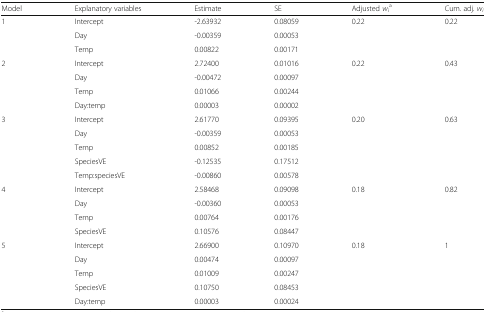
<table><thead><tr><td><b>Model</b></td><td><b>Explanatory variables</b></td><td><b>Estimate</b></td><td><b>SE</b></td><td><b>Adjusted <i>w</i><sub><i>i</i></sub><sup>a</sup></b></td><td><b>Cum. adj. <i>w</i><sub><i>i</i></sub></b></td></tr></thead><tbody><tr><td rowspan="3">1</td><td>Intercept</td><td>-2.63932</td><td>0.08059</td><td rowspan="3">0.22</td><td rowspan="3">0.22</td></tr><tr><td>Day</td><td>-0.00359</td><td>0.00053</td></tr><tr><td>Temp</td><td>0.00822</td><td>0.00171</td></tr><tr><td rowspan="4">2</td><td>Intercept</td><td>2.72400</td><td>0.01016</td><td rowspan="4">0.22</td><td rowspan="4">0.43</td></tr><tr><td>Day</td><td>-0.00472</td><td>0.00097</td></tr><tr><td>Temp</td><td>0.01066</td><td>0.00244</td></tr><tr><td>Day:temp</td><td>0.00003</td><td>0.00002</td></tr><tr><td rowspan="5">3</td><td>Intercept</td><td>2.61770</td><td>0.09395</td><td rowspan="5">0.20</td><td rowspan="5">0.63</td></tr><tr><td>Day</td><td>-0.00359</td><td>0.00053</td></tr><tr><td>Temp</td><td>0.00852</td><td>0.00185</td></tr><tr><td>SpeciesVE</td><td>-0.12535</td><td>0.17512</td></tr><tr><td>Temp:speciesVE</td><td>-0.00860</td><td>0.00578</td></tr><tr><td rowspan="4">4</td><td>Intercept</td><td>2.58468</td><td>0.09098</td><td rowspan="4">0.18</td><td rowspan="4">0.82</td></tr><tr><td>Day</td><td>-0.00360</td><td>0.00053</td></tr><tr><td>Temp</td><td>0.00764</td><td>0.00176</td></tr><tr><td>SpeciesVE</td><td>0.10576</td><td>0.08447</td></tr><tr><td rowspan="5">5</td><td>Intercept</td><td>2.66900</td><td>0.10970</td><td rowspan="5">0.18</td><td rowspan="5">1</td></tr><tr><td>Day</td><td>0.00474</td><td>0.00097</td></tr><tr><td>Temp</td><td>0.01009</td><td>0.00247</td></tr><tr><td>SpeciesVE</td><td>0.10750</td><td>0.08453</td></tr><tr><td>Day:temp</td><td>0.00003</td><td>0.00024</td></tr></tbody></table>